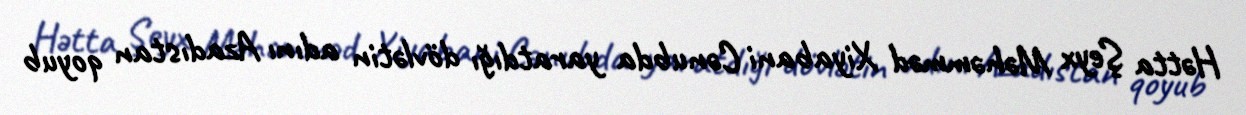
Hətta Şeyx Məhəmməd Xiyabani Cənubda yaratdığı dövlətin adını Azadıstan qoyub